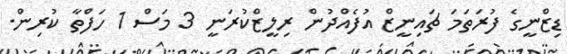
ޑިޒްނީގެ ފުރަތަމަ ޗައިނީޒް އުފެއްދުން ރިލީޒްކުރަނީ 3 މަސް 1 ހަފްތާ ކުރިން.